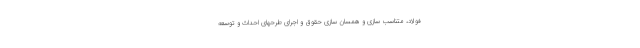
فولاد، متناسب سازی و همسان سازی حقوق و اجرای طرحهای احداث و توسعه